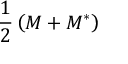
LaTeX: { \frac { 1 } { 2 } } \left( M + M ^ { * } \right)